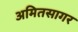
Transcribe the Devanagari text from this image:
अमितसागर